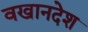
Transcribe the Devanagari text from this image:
वखानदेश